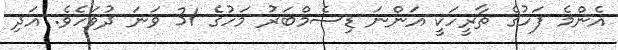
އެންމެ ފަހުގެ ތާރީހަކީ އަންނަ ޑިސެމްބަރު މަހުގެ 31 ވަނަ ދުވަހެވެ. އަދި